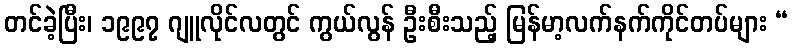
တင်ခဲ့ပြီး၊ ၁၉၉၇ ဂျူလိုင်လတွင် ကွယ်လွန် ဦးစီးသည့် မြန်မာ့လက်နက်ကိုင်တပ်များ “